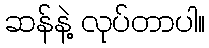
ဆန်နဲ့ လုပ်တာပါ။